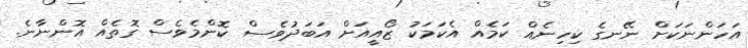
އަހަންނަކަށް ނޭނގެ ކިހިނެއް ކަމެއް އެކަމަކު ޒޯއީއަށް އަބަދުވެސް ކޮންމެވެސް ގޮތެއް އޮންނާނެ.